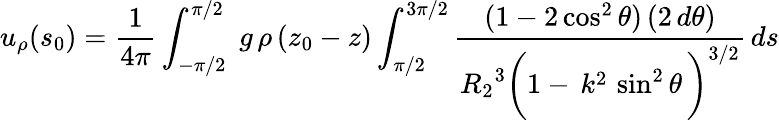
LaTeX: u_{\rho}(s_{0})=\frac{1}{4\pi}\int_{-\pi/2}^{\pi/2}\; g\, \rho\, (z_{0}-z)\int_{\pi/2}^{3\pi/2}\frac{(1-2\cos^{2}\theta)\, (2\, d\theta)}{{R_{2}}^{3}\bigg(1-\, k^{2}\, \sin^{2}\theta\, \bigg)^{3/2}}\, ds